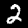
Digit: 2